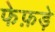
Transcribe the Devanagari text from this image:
फेफ़ड़े